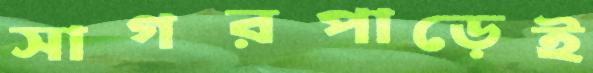
সাগরপাড়েই